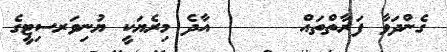
ގެންދަވާ ފަރާތްތައް      އާދެ މިރެޔަކީ ޔުނިވަރސިޓީގެ